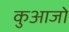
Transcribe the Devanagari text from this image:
कुआजो